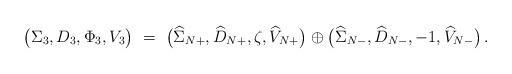
LaTeX: \begin{align*}\big(\Sigma_3,D_3,\Phi_3,V_3\big)\ =\ \big(\widehat{\Sigma}_{N+},\widehat{D}_{N+},\zeta,\widehat{V}_{N+}\big)\oplus \big(\widehat{\Sigma}_{N-},\widehat{D}_{N-},-1,\widehat{V}_{N-}\big)\,.\end{align*}